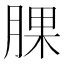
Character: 腂